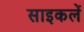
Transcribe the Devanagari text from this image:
साइकलें